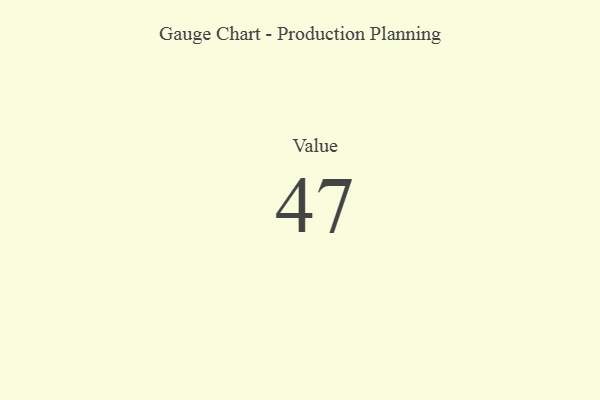
{"axis": {"x": "Metric", "y": "Value"}, "legend": [""], "data": [{"x": "Value", "y": 47, "type": ""}]}